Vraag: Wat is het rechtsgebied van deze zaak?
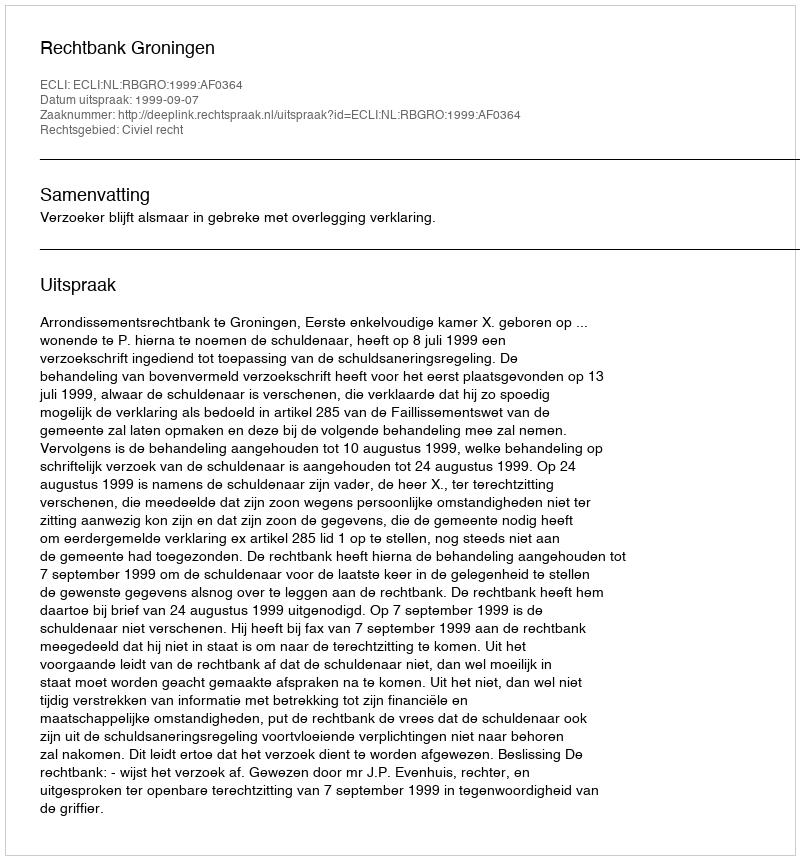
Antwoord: Civiel recht